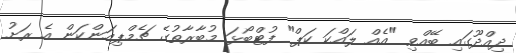
ދިއްދޫގައި ބޭއްވި "އެއް ލައްކަ ކަޕް" ފުޓްބޯޅަ މުބާރާތުގެ ޗެމްޕިއަންކަން އެ ރަށު